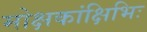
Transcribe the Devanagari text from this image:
मोक्षकांक्षिभिः